Calcutta medical institutions reports 1892-1900
Year: 1892
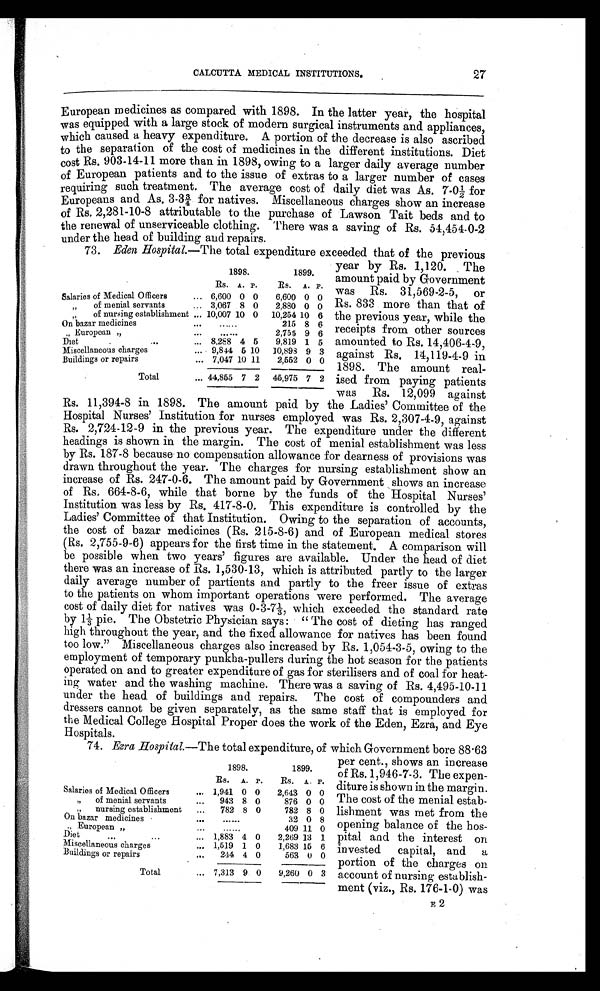
27
CALCUTTA MEDICAL INSTITUTIONS.
European medicines as compared with 1898. In the latter year, the hospital
was equipped with a large stock of modern surgical instruments and appliances,
which caused a heavy expenditure. A portion of the decrease is also ascribed
to the separation of the cost of medicines in the different institutions. Diet
cost Rs. 903-14-11 more than in 1898, owing to a larger daily average number
of European patients and to the issue of extras to a larger number of cases
requiring such treatment. The average cost of daily diet was As. 7.0½ for
Europeans and As. 3.3¾ for natives. Miscellaneous charges show an increase
of Rs. 2,281-10-8 attributable to the purchase of Lawson Tait beds and to
the renewal of unserviceable clothing. There was a saving of Rs. 54,454-0-2
under the head of building and repairs.
73. Eden Hospital.— The total expenditure exceeded that of the previous
year by Rs. 1,120. The
amount paid by Government
was Rs. 31,569-2-5, or
Rs. 833 more than that of
the previous year, while the
receipts from other sources
amounted to Rs. 14,406-4-9,
against Rs. 14,119-4-9 in
1898. The amount real-
ised from paying patients
was Rs. 12,099 against
Rs. 11,394-8 in 1898. The amount paid by the Ladies' Committee of the
Hospital Nurses' Institution for nurses employed was Rs. 2,307-4-9, against
Rs. 2,724-12-9 in the previous year. The expenditure under the different
headings is shown in the margin. The cost of menial establishment was less
by Rs. 187-8 because no compensation allowance for dearness of provisions was
drawn throughout the year. The charges for nursing establishment show an
increase of Rs. 247-0-6. The amount paid by Government shows an increase
of Rs. 664-8-6, while that borne by the funds of the Hospital Nurses'
Institution was less by Rs. 417-8-0. This expenditure is controlled by the
Ladies' Committee of that Institution. Owing to the separation of accounts,
the cost of bazar medicines (Rs. 215-8-6) and of European medical stores
(Rs. 2,755-9-6) appears for the first time in the statement. A comparison will
be possible when two years' figures are available. Under the head of diet
there was an increase of Rs. 1,530-13, which is attributed partly to the larger
daily average number of partients and partly to the freer issue of extras
to the patients on whom important operations were performed. The average
cost of daily diet for natives was 0-3-7 1/3 which exceeded the standard rate
b y 1 1 / 3 p i e . T h e O b s t e t r i c P h y s i c i a n s a y s : " T h e c o s t o f d i e t i n g h a s r a n g e d
high throughout the year, and the fixed allowance for natives has been found
too low." Miscellaneous charges also increased by Rs. 1,054-3-5, owing to the
employment of temporary punkha-pullers during the hot season for the patients
operated on and to greater expenditure of gas for sterilisers and of coal for heat-
ing water and the washing machine. There was a saving of Rs. 4,495-10-11
under the head of buildings and repairs. The cost of compounders and
dressers cannot be given separately, as the same staff that is employed for
the Medical College Hospital Proper does the work of the Eden, Ezra, and Eye
Hospitals.
74. Ezra Hospital.—The total expenditure, of which Government bore 88.63
1898.
1899.
Rs. A. P.
Rs. A. P.
Salaries of Medical Officers
... 6,600 0 0 6,600 0 0
" o f m e n i a l s e r v a n t s
... 3,067 8 0 2,880 0 0
" o f n u r s i n g e s t a b l i s h m e n t
. . . 10,007 10 0 10,254 10 6
On bazar medicines
. . .
. . . . . .
215 8 6
" Eur opean , ,
...
......
2,755 9 6
D i e t . . . . . .
... 8,288 4 5 9,819 1 5
Miscellaneous charges
... 9,844 5 10 10,898 9 3
Buildings or repairs
... 7,047 10 11 2,552 0 0
Total
... 44,855 7 2 45,975 7 2
1898.
1899.
Rs. A. P. Rs. A. P.
Salaries of Medical Officers
... 1,941 0 0 2,643 0 0
" of menial servants
. . . 943 8 0
876 0 0
" nursing establishment ... 782 8 0
782 8 0
O n b a z a r m e d i c i n e s
. . . ......
32 0 8
" European „
...
......
409 11 0
Diet ...
...
... 1,883 4 0 2,269 13 1
Miscellaneous charges
. . . 1,519 1 0
1,683 15 6
Buildings or repairs
. . . 244 4 0
563 0 0
Total
... 7,313 9 0 9,260 0 3
per cent., shows an increase
of Rs. 1,946-7-3. The expen-
diture is shown in the margin.
The cost of the menial estab-
lishment was met from the
opening balance of the hos-
pital and the interest on
invested capital, and a
portion of the charges on
account of nursing establish-
ment (viz., Rs. 176-1-0) was
E2